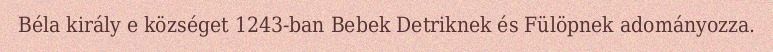
Béla király e községet 1243-ban Bebek Detriknek és Fülöpnek adományozza.